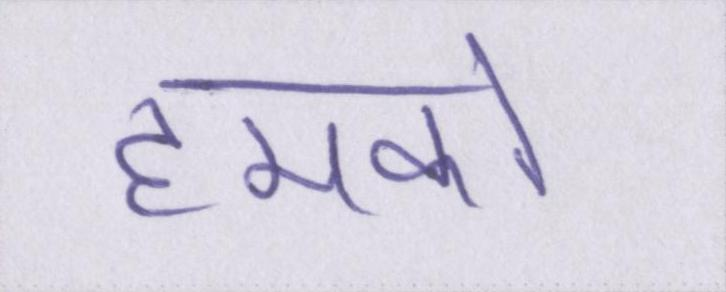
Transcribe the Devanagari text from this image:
हमको